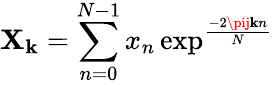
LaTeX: \mathbf{X}_{\mathbf{k}}=\sum_{n=0}^{N-1}x_{n}\exp^{\frac{{-2\pij\mathbf{k}n}}{{N}}}